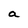
Character: a